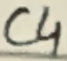
Text: C4